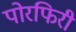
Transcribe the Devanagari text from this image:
पोरफिरी